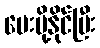
ပေးပို့နိုင်ပြီး